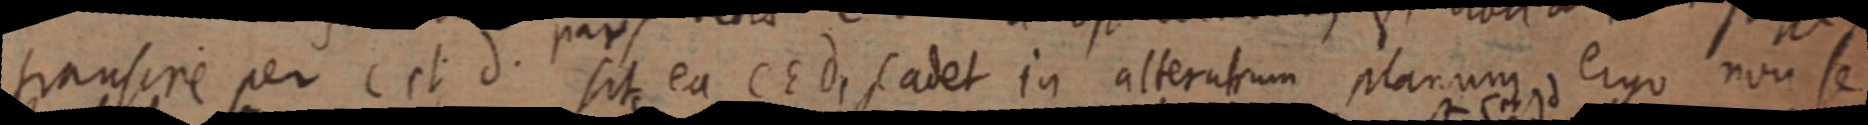
transire per c et d. sit ea C E d, Cadet in alterutrum planum ergo non se